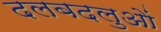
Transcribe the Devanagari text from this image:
दलबदलुओं